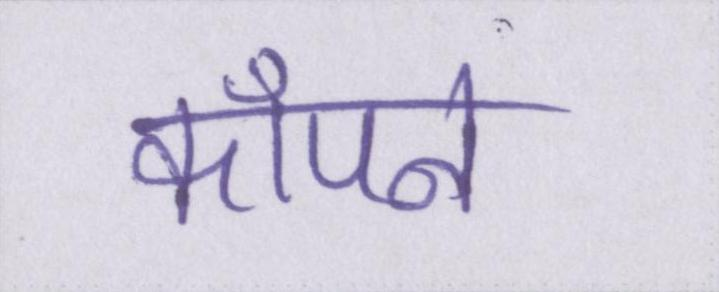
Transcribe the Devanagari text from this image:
कॉँपने